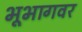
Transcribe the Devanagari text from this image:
भूभागवर